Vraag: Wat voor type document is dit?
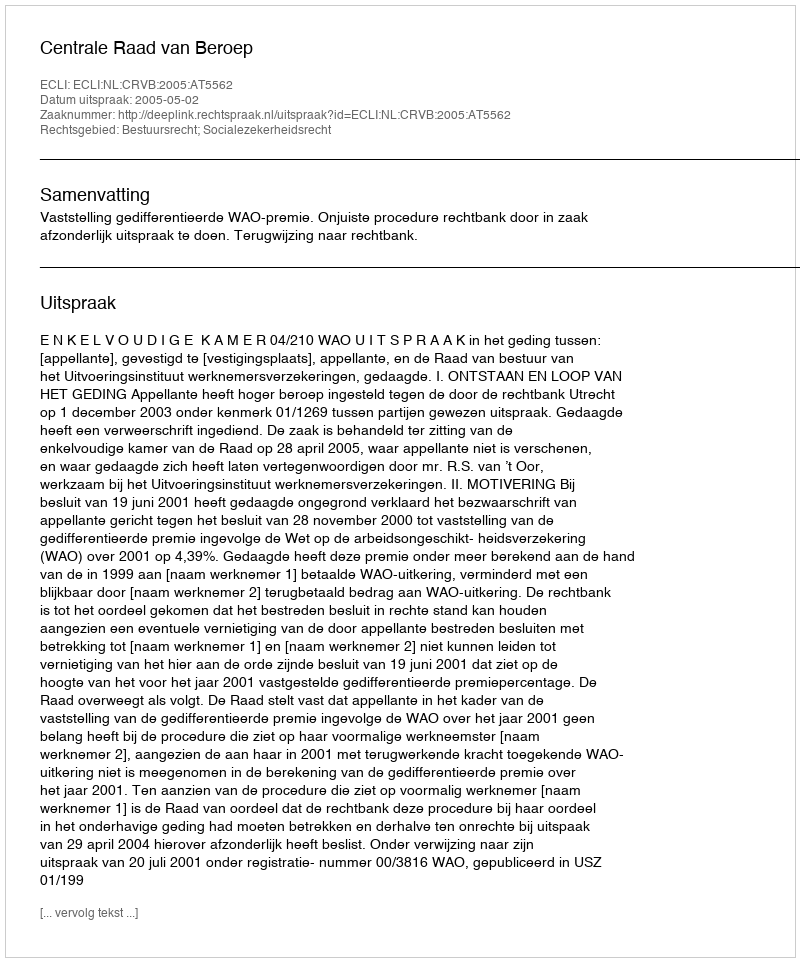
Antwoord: Uitspraak